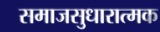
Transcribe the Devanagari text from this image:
समाजसुधारात्मक